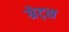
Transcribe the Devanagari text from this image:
ग्रेट्स